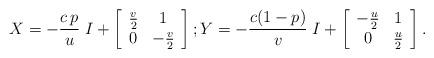
LaTeX: \begin{align*}X = - {c\,p\over u}\; I + \left[\begin{array}{cc}{v\over2} & 1\\ 0 & -{v\over2}\end{array}\right]; Y = - {c(1-p)\over v}\; I +\left[\begin{array}{cc}-{u\over2} & 1\\ 0 & {u\over2}\end{array}\right].\end{align*}